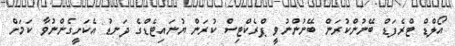
އޯލްޑް ޓްރެފަޑް ބޭނުންކުރަން ބޭނުންނުވީ ޕްރެކްޓިސް ކުރަން ޔުނައިޓެޑްގެ ދަނޑު އެކަށީގެންނުވާ ކަމަށް